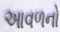
આવળનો